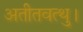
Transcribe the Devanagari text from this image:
अतीतवत्थु।